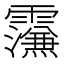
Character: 𮦼